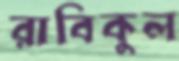
রাবিকুল